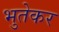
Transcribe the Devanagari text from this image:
भुतेकर